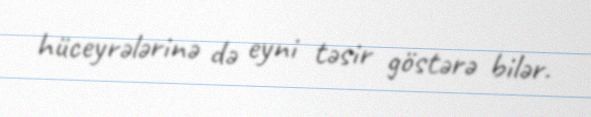
hüceyrələrinə də eyni təsir göstərə bilər.